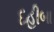
દહીબા